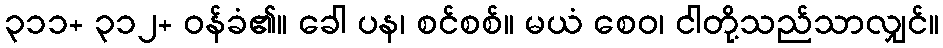
၃၁၁+ ၃၁၂+ ဝန်ခံ၏။ ခေါ ပန၊ စင်စစ်။ မယံ စေဝ၊ ငါတို့သည်သာလျှင်။